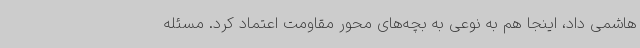
هاشمی‌ داد، اینجا هم به نوعی به بچه‌های محور مقاومت اعتماد کرد. مسئله